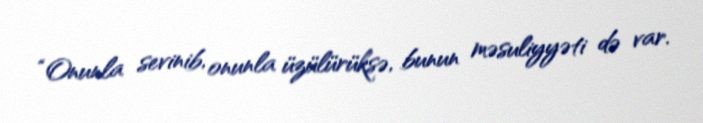
“Onunla sevinib, onunla üzülürüksə, bunun məsuliyyəti də var.